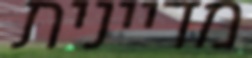
מדיינית